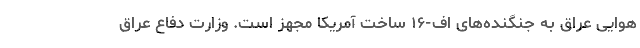
هوایی عراق به جنگنده‌های اف-۱۶ ساخت آمریکا مجهز است. وزارت دفاع عراق